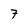
Character: 7